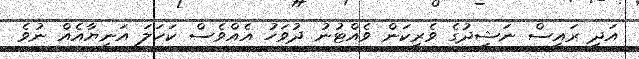
އަދި ރައީސް ނަޝީދުގެ ވެރިކަން ވެއްޓުނު ދުވަހު އެއްވެސް ކަހަލަ އަނިޔާއެއް ނުވެ